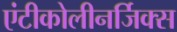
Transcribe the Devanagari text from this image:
एंटीकोलीनर्जिक्स